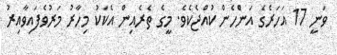
ވަނީ 17 އަހަރެގެ އަންެހެން ކުއްޖެކެވެ. މީގެ ތެރެއިން އެކަކު މިހާރު މަރުވެފައިވާއިރު